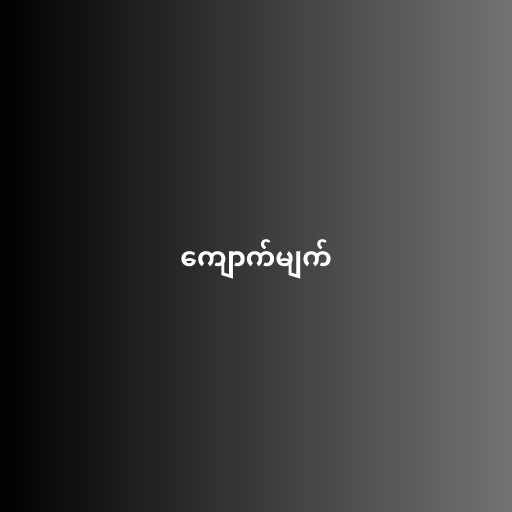
ကျောက်မျက်